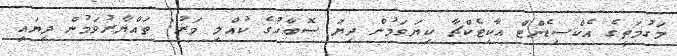
މަގުމަތީގެ އެކްސިޑެންޓް އާކިޓެކްޗާ ކިޔަވަމުން ދިޔަ ސޮބާހުގެ ކުއްލި މަރު: ތައްޔާރުވަމުން ދިޔައީ